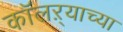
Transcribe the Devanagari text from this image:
कॉलऱ्याच्या